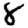
Digit: 8